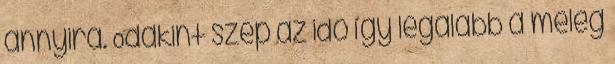
annyira. Odakint szép az idő így legalább a meleg